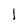
Character: 1